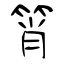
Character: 筲